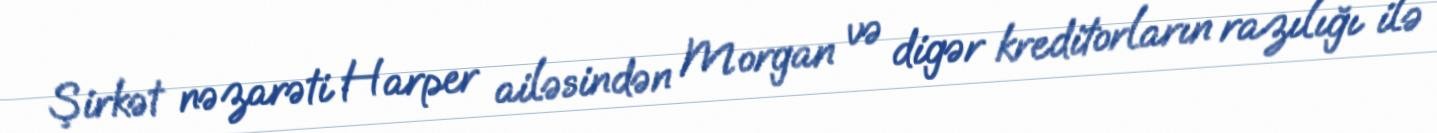
Şirkət nəzarəti Harper ailəsindən Morgan və digər kreditorların razılığı ilə